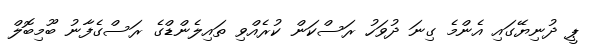
ޕީ ދުނިޔޭގައި އެންމެ ގިނަ ދުވަހު ރަސްކަން ކުރެއްވި ތައިލެންޑްގެ ރަސްގެފާނު ބޫމިބޮލް